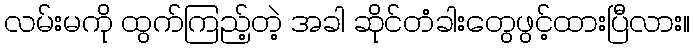
လမ်းမကို ထွက်ကြည့်တဲ့ အခါ ဆိုင်တံခါးတွေဖွင့်ထားပြီလား။